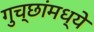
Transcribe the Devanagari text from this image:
गुच्छांमध्ये